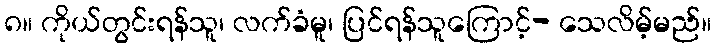
၈။ ကိုယ်တွင်းရန်သူ၊ လက်ခံမူ၊ ပြင်ရန်သူကြောင့်- သေလိမ့်မည်။